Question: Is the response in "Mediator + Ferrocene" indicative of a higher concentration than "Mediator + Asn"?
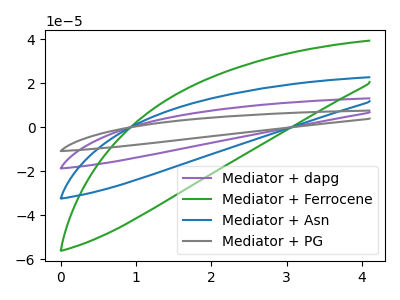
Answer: <think>The purple curve "Mediator + dapg" has no peaks. The green curve "Mediator + Ferrocene" has no peaks. The blue curve "Mediator + Asn" has no peaks. The gray curve "Mediator + PG" has no peaks.
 Neither "Mediator + Ferrocene" or "Mediator + Asn" have any peaks.</think>
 <answer>I cant tell if "Mediator + Ferrocene" or "Mediator + Asn" has more signal.</answer>
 <eval>mixed_signal</eval>